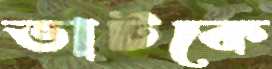
ভাটকে